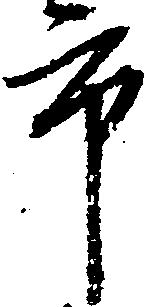
市